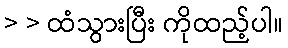
> > ထံသွားပြီး ကိုထည့်ပါ။